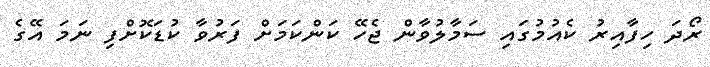
ރޯދަ ހިފާއިރު ކެއުމުގައި ސަމާލުވާން ޖެހޭ ކަންކަމަށް ފަރުވާ ކުޑަކޮށްފި ނަމަ އޭގެ